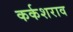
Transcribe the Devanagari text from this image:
कर्कशराव